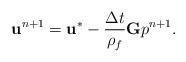
LaTeX: \begin{align*}\mathbf{u}^{n+1} = \mathbf{u}^{*} - \dfrac{\Delta t}{\rho_{f}} \mathbf{G} p^{n+1}.\end{align*}